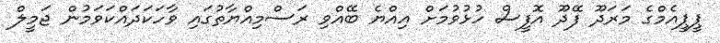
ޕީޕީއެމްގެ މަރަދޫ ފޭދޫ އޮފީސް ހުޅުވުމަށް އިއްޔެ ބޭއްވި ރަސްމިއްޔާތުގައި ވާހަކަދައްކަވަމުން ޖަމީލް